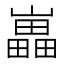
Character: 𡾋